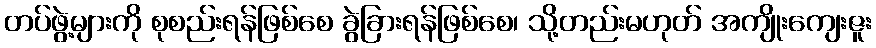
တပ်ဖွဲ့များကို စုစည်းရန်ဖြစ်စေ ခွဲခြားရန်ဖြစ်စေ၊ သို့တည်းမဟုတ် အကျိုးကျေးဇူး